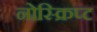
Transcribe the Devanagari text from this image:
नोस्क्रिप्ट